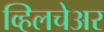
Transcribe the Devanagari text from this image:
व्हिलचेअर